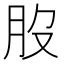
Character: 𦘿